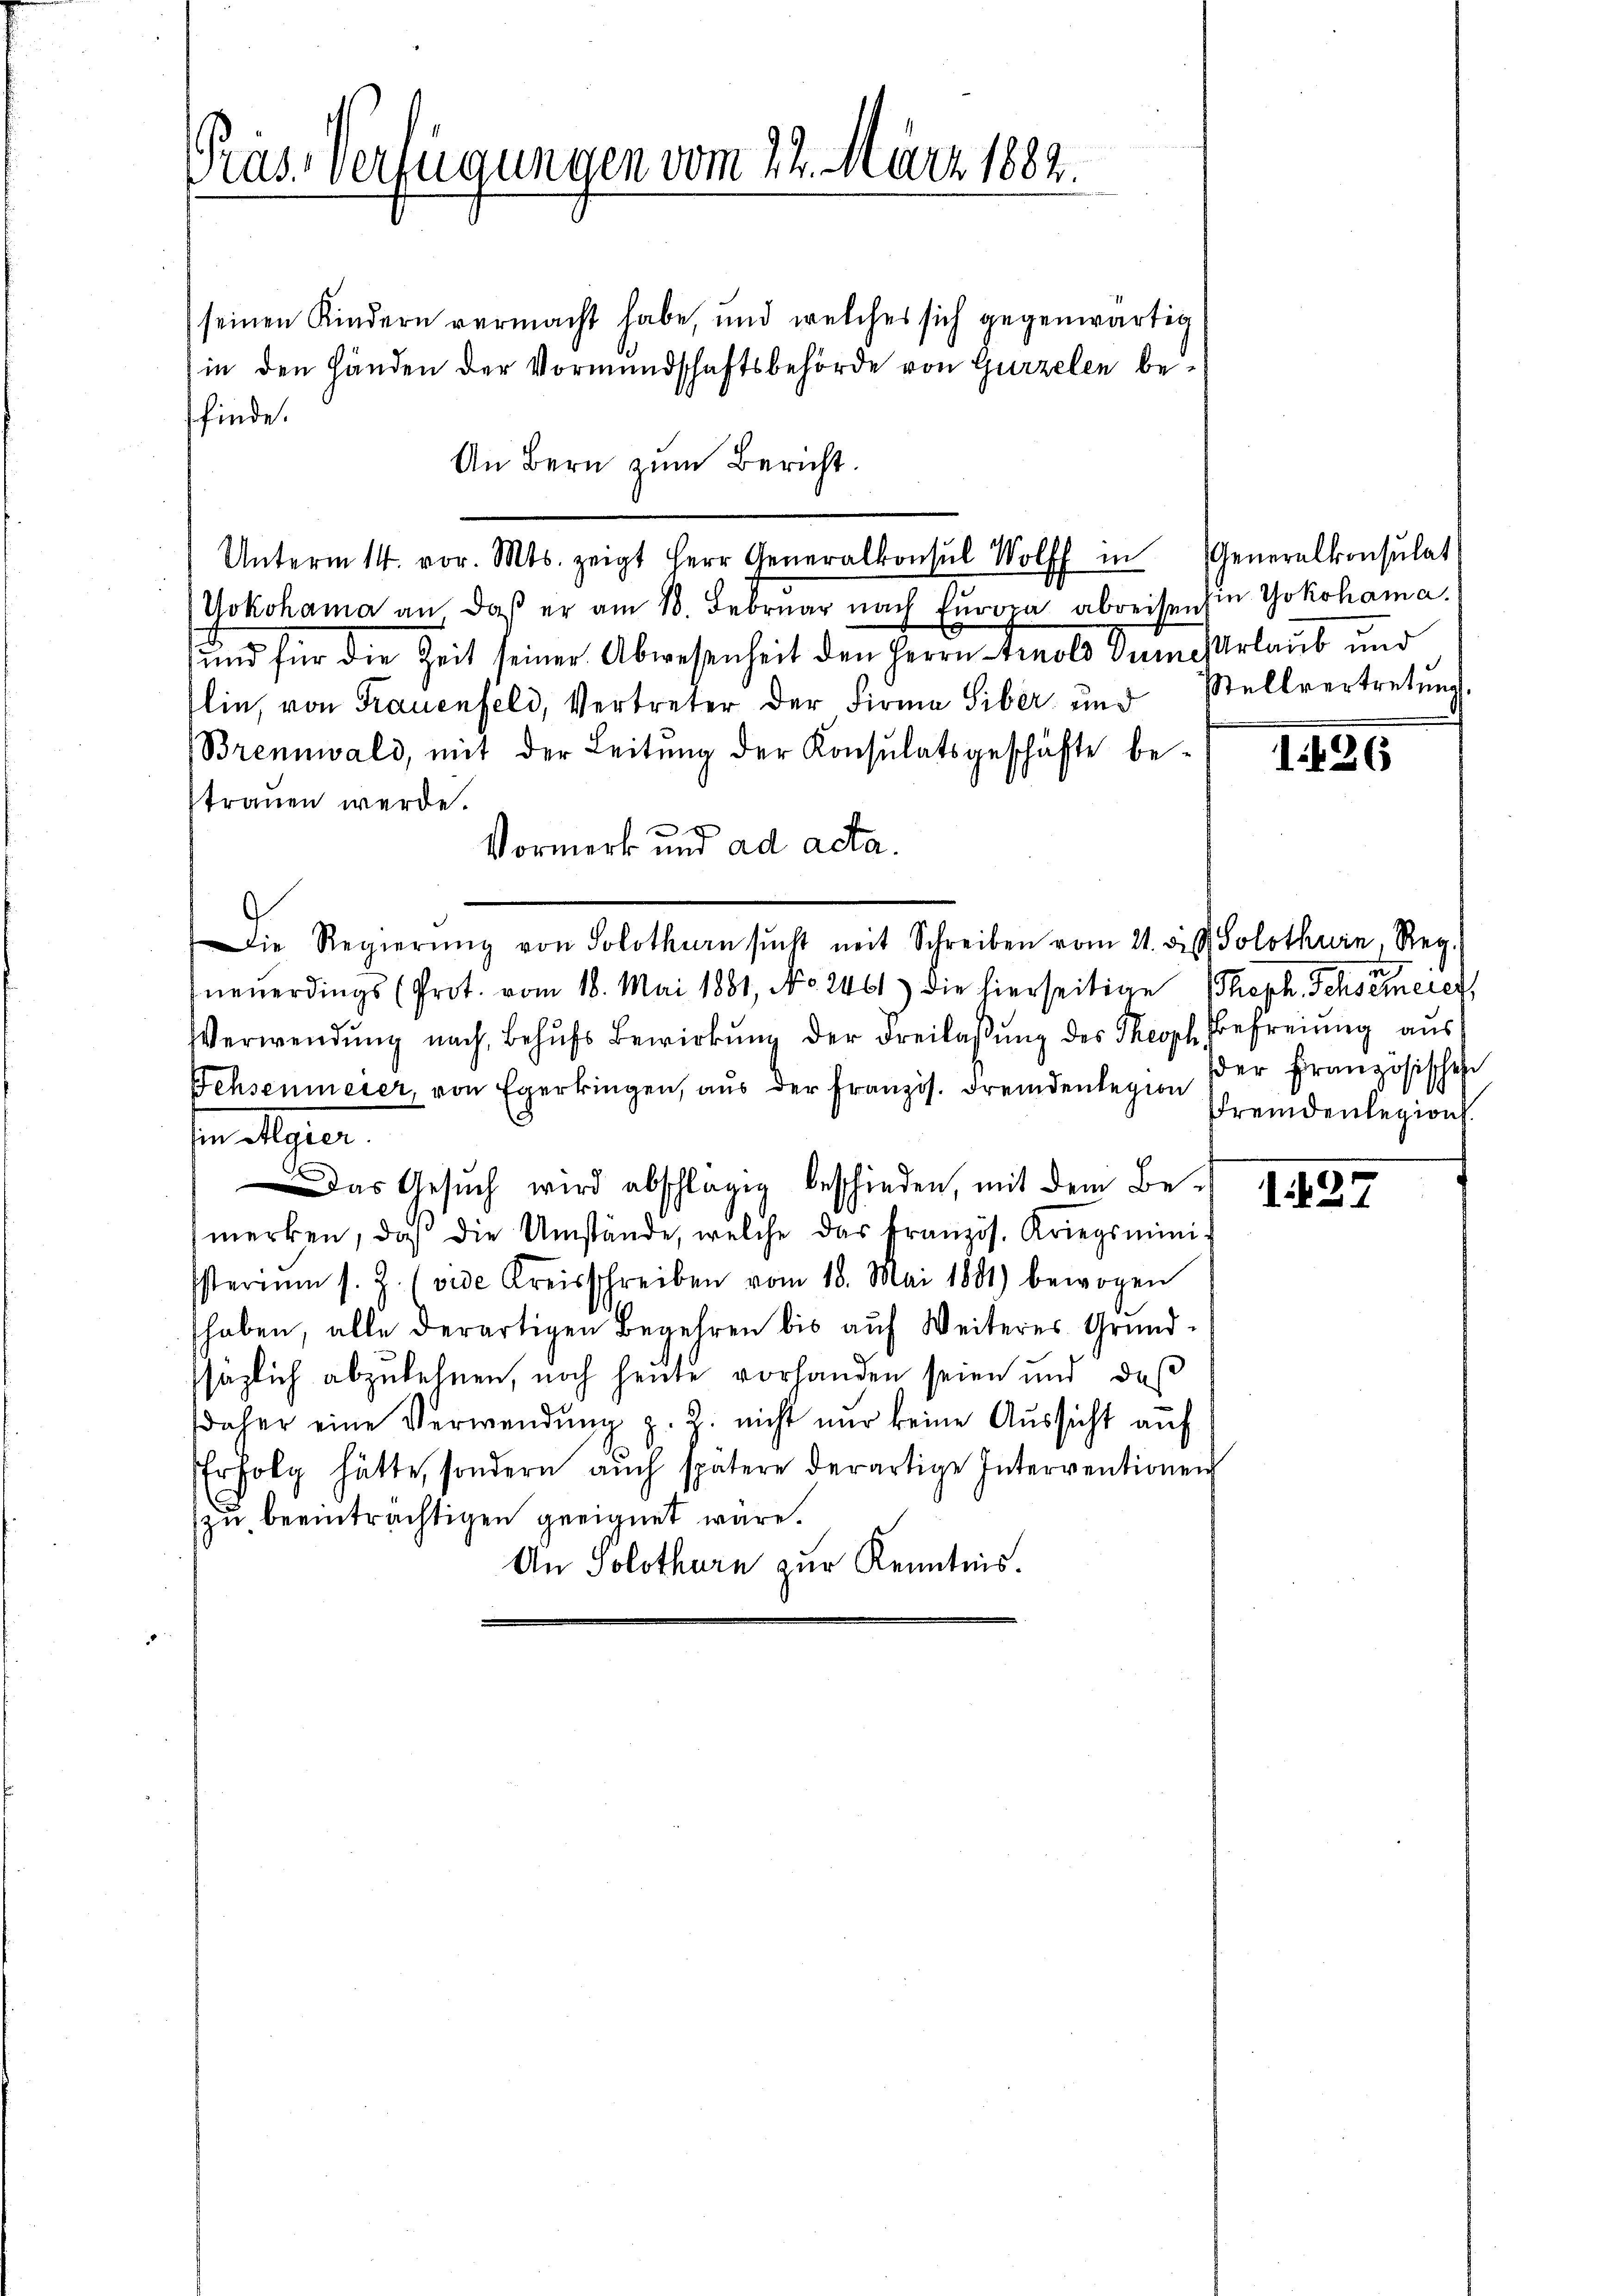
Präs. verfügungen vom 22. März 1882.

seinen Kindern vermacht habe, und welches sich gegenwärtig
in den Händen der Vormundschaftsbehörde von Gurzelen befinde.
An Bern zum Bericht.
Unterm 14. vor. Mts. zeigt Herr Generalkonsul Wolf in Generalkonsulat
Yokohama an, daß er am 18. Februar nach Europa abreisen
und für die Zeit seiner Abwesenheit den Herrn Arnold Semesterlaub und
lin, von Frauenfeld, Vertreter der Firma Siber und Stellvertretŭng.
Brennwald, mit der Leitŭng der Konsulatsgeschäfte be-
trauen werde.
Vormerk und ad acta.
Die Regierŭng von Solothurn sŭcht mit Schreiben vom 21. bis Solothurn, Reg.
neuerdings (Prot. vom 18. Mai 1881, No. 2461) die hierseitige (heph Schwere rec
Verwendŭng nach Behŭfs Bewirkung der Freilassung des Theoph Befreiung aus
Behsenmeier, von Egerkingen, aŭs der Französ. Fremdenlegion der Französischehe
sin Algier
Das Gesuch wird abschlagen beschieden, mit dem Bemerken, daß die Umstände, welche das französ. Kriegsministeriŭm s. Z. (vide Kreisschreiben vom 18. Mai 1891) bewogen
haben, alle derartigen Begehren bis aŭf Weiteres Grundssäglich abzukehnen, noch heute vorhanden seien und daß
daher eine Verwendŭng z. Z. nicht nur keine Aussicht auf
Erfolg hätte, sondern auch spätere derartige Interventionen
zu beeinträchtigen geeignet wäre.
An Solothurn zur Kenntnis.

in Yokohama.

1. 126

Fremdenlegion.

127